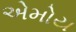
એમોય